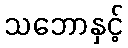
သဘောနှင့်